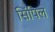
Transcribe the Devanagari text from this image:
सिंपिल